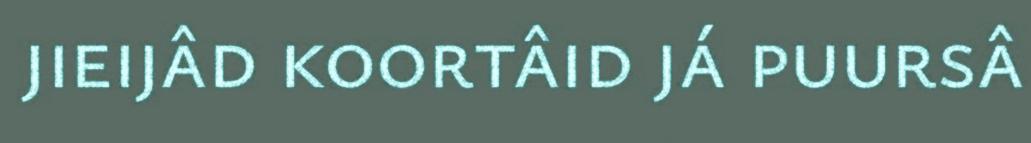
jieijâd koortâid já puursâ